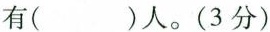
有( )人。(3分)